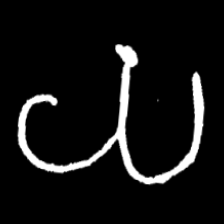
Pyu character \u2014 Myanmar letter: ယ (romanized: ya)